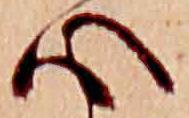
心